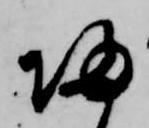
帰